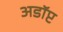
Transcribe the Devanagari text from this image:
अडॉप्ट